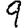
Digit: 9